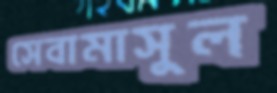
সেবামাসুল